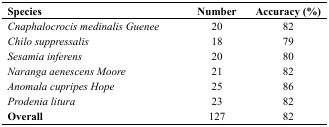
<table><thead><tr><td><b>Species</b></td><td><b>Number</b></td><td><b>Accuracy (%)</b></td></tr></thead><tbody><tr><td><i>Cnaphalocrocis medinalis Guenee</i></td><td>20</td><td>82</td></tr><tr><td><i>Chilo suppressalis</i></td><td>18</td><td>79</td></tr><tr><td><i>Sesamia inferens</i></td><td>20</td><td>80</td></tr><tr><td><i>Naranga aenescens Moore</i></td><td>21</td><td>82</td></tr><tr><td><i>Anomala cupripes Hope</i></td><td>25</td><td>86</td></tr><tr><td><i>Prodenia litura</i></td><td>23</td><td>82</td></tr><tr><td><b>Overall</b></td><td>127</td><td>82</td></tr></tbody></table>